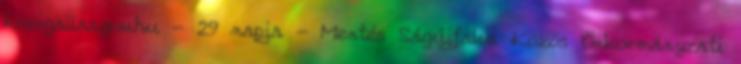
kozigallas.gov.hu - 29 napja - Mentés Ságújfalui Közös Önkormányzati